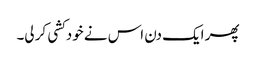
پھر ایک دن اس نے خودکشی کر لی۔